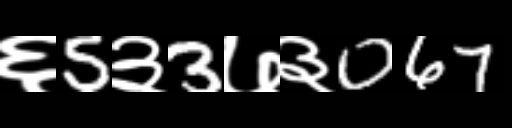
Text: ६5३3७३067